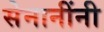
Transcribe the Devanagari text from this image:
सेनानींनी